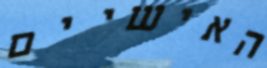
האישיים